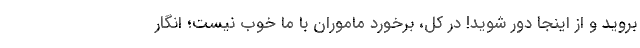
بروید و از اینجا دور شوید! در کل، برخورد ماموران با ما خوب نیست؛ انگار